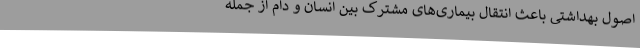
اصول بهداشتی باعث انتقال بیماری‌های مشترک بین انسان و دام از جمله